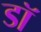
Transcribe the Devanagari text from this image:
डॉ